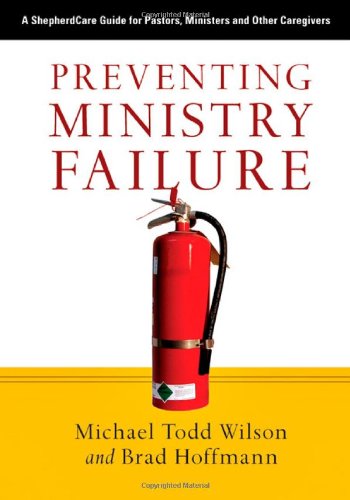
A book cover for Preventing Ministry Failure: A ShepherdCare Guide for Pastors, Ministers and Other Caregivers; Michael Todd Wilson; Christian Books & Bibles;